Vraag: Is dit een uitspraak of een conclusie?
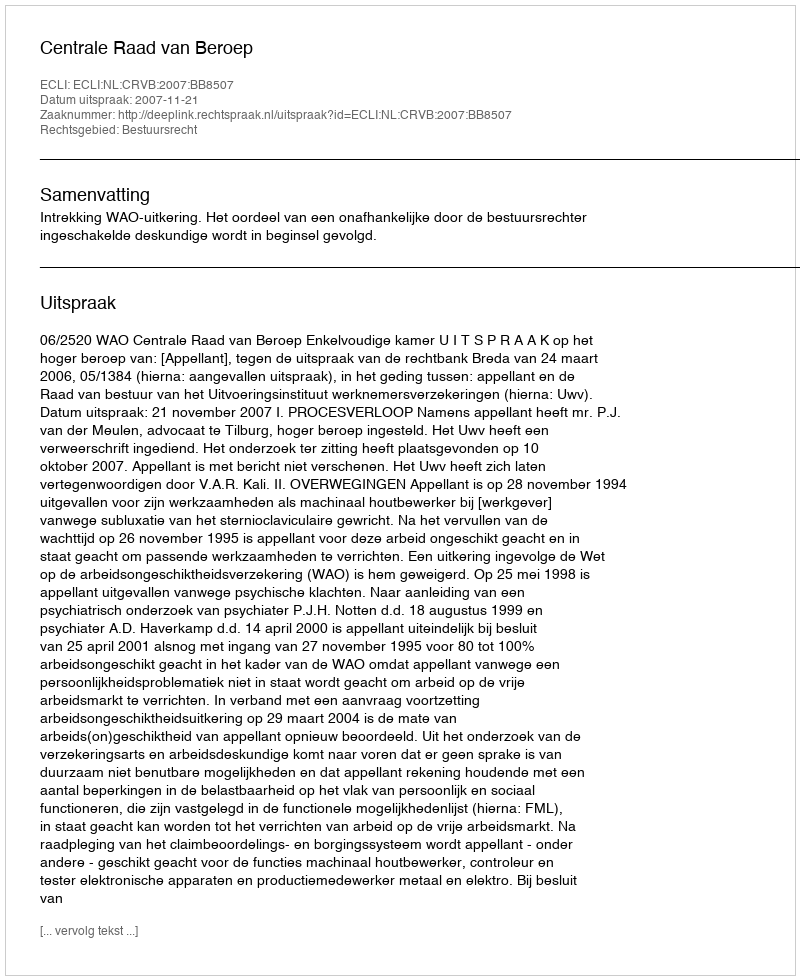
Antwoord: Uitspraak